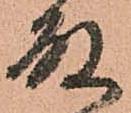
殿